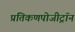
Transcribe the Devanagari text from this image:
प्रतिकणपोजीट्रॉन